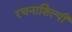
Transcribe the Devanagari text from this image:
रचनाशिल्पी